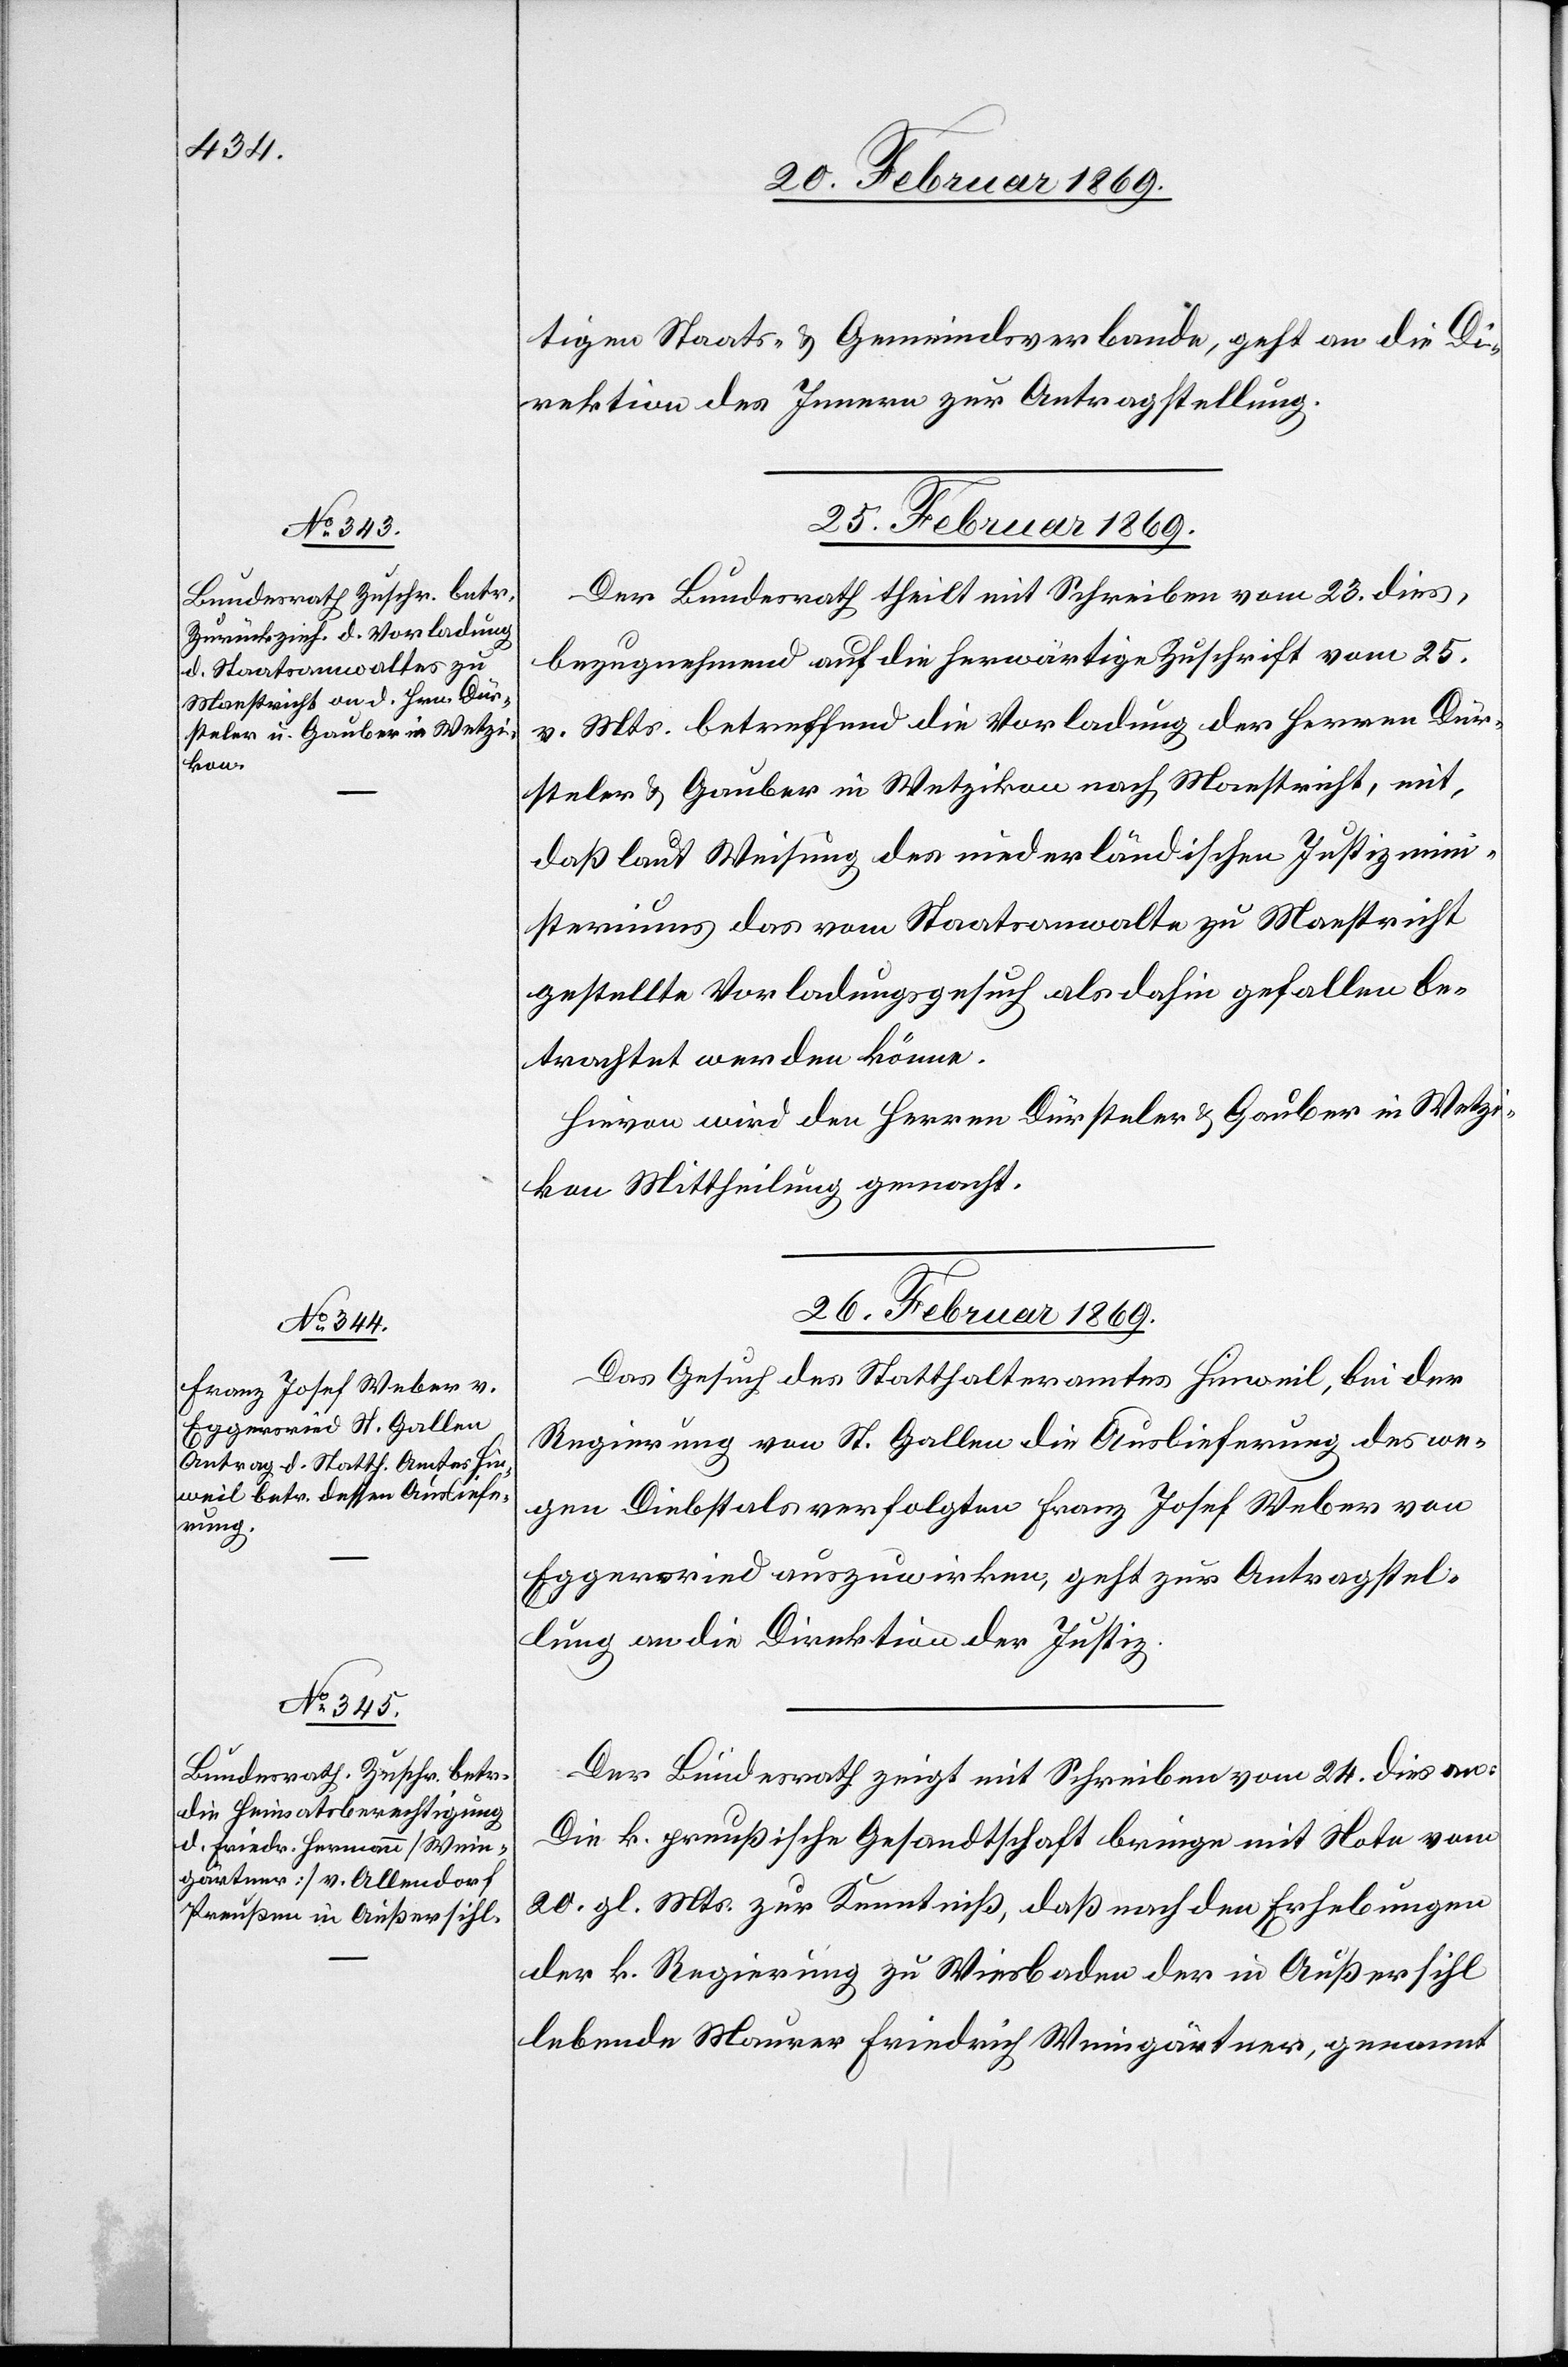
tigen Staats- & Gemeindsverbande, geht an die Di¬
rektion des Innern zur Antragstellung.
25. Februar 1869.
Der Bundesrath theilt mit Schreiben vom 23. dies,
bezugnehmend auf die herwärtige Zuschrift vom 25.
v. Mts. betreffend die Vorladung der Herren Dür¬
steler &. Gauber in Wetzikon nach Maestricht, mit,
daß laut Weisung des niederländischen Justizmini¬
steriums das vom Staatsanwalte zu Maestricht
gestellte Vorladungsgesuch als dahin gefallen be¬
trachtet werden könne.
Hievon wird den Herren Dürsteler & Gauber in Wetzi¬
kon Mittheilung gemacht.
26. Februar 1869.]
Das Gesuch des Statthalteramtes Hinweil, bei der
Regierung von St. Gallen die Auslieferung des we¬
gen Diebstals verfolgten Franz Josef Weber von
Eggersried auszuwirken, geht zur Antragstel¬
lung an die Direktion der Justiz.
Der Bundesrath zeigt mit Schreiben vom 24. dies an:
Die k. preußische Gesandtschaft bringe mit Note vom
20. gl. Mts. zur Kenntniß, daß nach den Erhebungen
der k. Regierung zu Wiesbaden der in Außersihl
lebende Maurer Friedrich Weingärtner, genannt